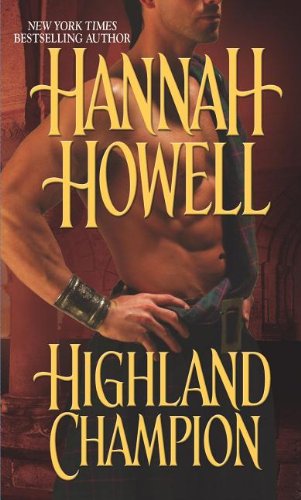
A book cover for Highland Champion; Hannah Howell; Romance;